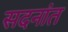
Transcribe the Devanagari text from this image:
सदनांत